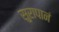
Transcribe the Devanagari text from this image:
सुरापानं